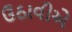
ઉઠાવીએ